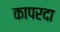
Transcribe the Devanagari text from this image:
कापरदा